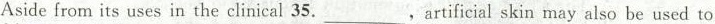
Aside from its uses in the clinical 35. ___,artificial skin may also be used to